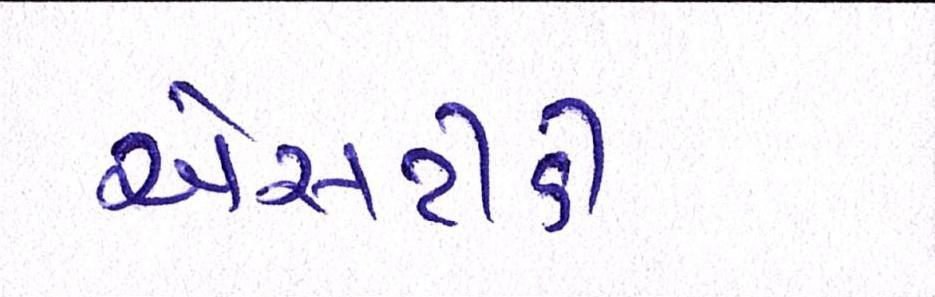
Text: એસટીડી